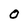
Character: O